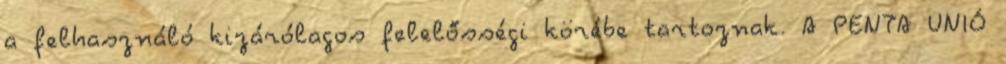
a felhasználó kizárólagos felelősségi körébe tartoznak. A PENTA UNIÓ